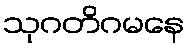
သုဂတိဂမနေ